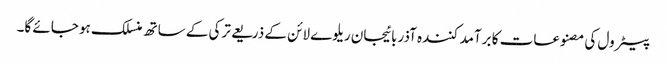
پیٹرول کی مصنوعات کا برآمد کنندہ آذربائیجان ریلوے لائن کے ذریعے ترکی کے ساتھ منسلک ہو جائے گا۔